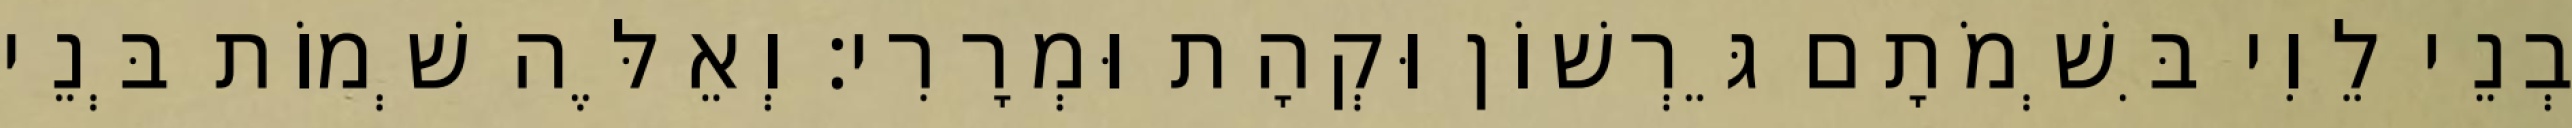
בְנֵי לֵוִי בִּשְׁמֹתָם גֵּרְשׁוֹן וּקְהָת וּמְרָרִי׃ וְאֵלֶּה שְׁמוֹת בְּנֵי